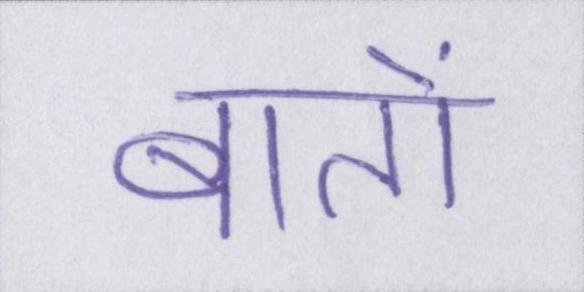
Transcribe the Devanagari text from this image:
बातों